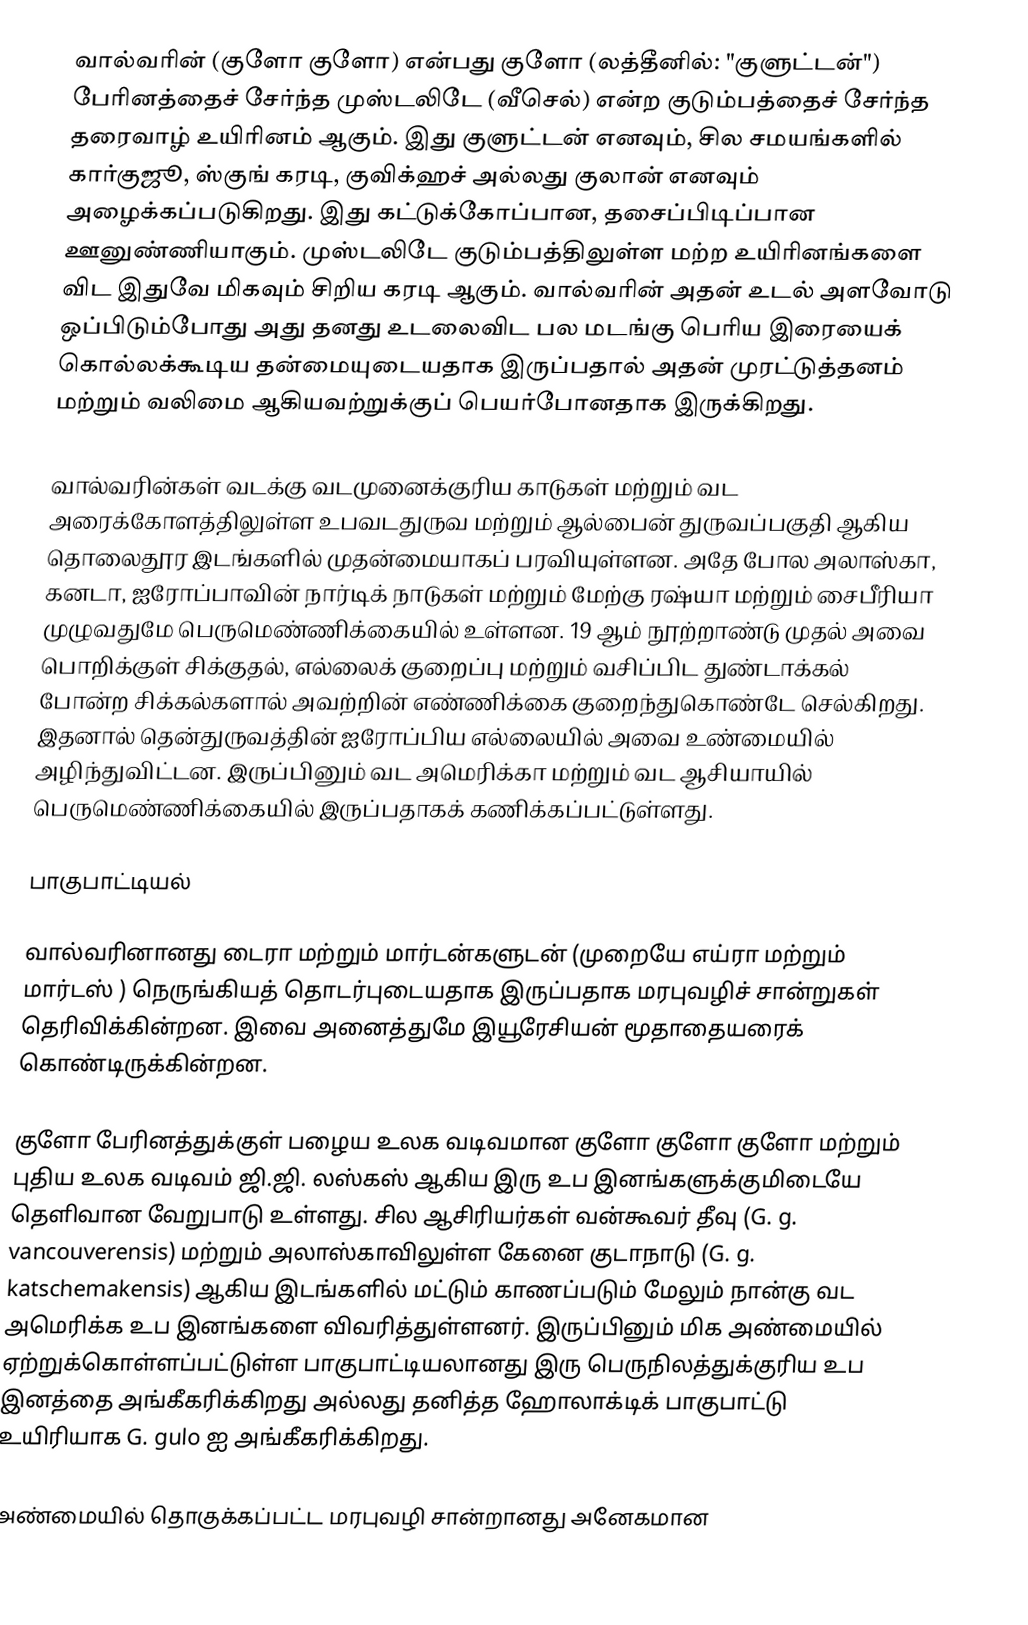
வால்வரின் (குளோ குளோ) என்பது குளோ  (லத்தீனில்: "குளுட்டன்") பேரினத்தைச் சேர்ந்த முஸ்டலிடே (வீசெல்) என்ற குடும்பத்தைச் சேர்ந்த தரைவாழ் உயிரினம் ஆகும்.  இது குளுட்டன் எனவும், சில சமயங்களில் கார்குஜூ, ஸ்குங் கரடி, குவிக்ஹச் அல்லது குலான் எனவும் அழைக்கப்படுகிறது. இது கட்டுக்கோப்பான, தசைப்பிடிப்பான ஊனுண்ணியாகும். முஸ்டலிடே குடும்பத்திலுள்ள மற்ற உயிரினங்களை விட இதுவே மிகவும் சிறிய கரடி ஆகும். வால்வரின் அதன் உடல் அளவோடு ஒப்பிடும்போது அது தனது உடலைவிட பல மடங்கு பெரிய இரையைக் கொல்லக்கூடிய தன்மையுடையதாக இருப்பதால் அதன் முரட்டுத்தனம் மற்றும் வலிமை ஆகியவற்றுக்குப் பெயர்போனதாக இருக்கிறது.

வால்வரின்கள் வடக்கு வடமுனைக்குரிய காடுகள் மற்றும் வட அரைக்கோளத்திலுள்ள உபவடதுருவ மற்றும் ஆல்பைன் துருவப்பகுதி ஆகிய தொலைதூர இடங்களில் முதன்மையாகப் பரவியுள்ளன. அதே போல அலாஸ்கா, கனடா, ஐரோப்பாவின் நார்டிக் நாடுகள் மற்றும் மேற்கு ரஷ்யா மற்றும் சைபீரியா முழுவதுமே பெருமெண்ணிக்கையில் உள்ளன. 19 ஆம் நூற்றாண்டு முதல் அவை பொறிக்குள் சிக்குதல், எல்லைக் குறைப்பு மற்றும் வசிப்பிட துண்டாக்கல் போன்ற சிக்கல்களால் அவற்றின் எண்ணிக்கை குறைந்துகொண்டே செல்கிறது. இதனால் தென்துருவத்தின் ஐரோப்பிய எல்லையில் அவை உண்மையில் அழிந்துவிட்டன. இருப்பினும் வட அமெரிக்கா மற்றும் வட ஆசியாயில் பெருமெண்ணிக்கையில் இருப்பதாகக் கணிக்கப்பட்டுள்ளது.

பாகுபாட்டியல்

வால்வரினானது டைரா மற்றும் மார்டன்களுடன் (முறையே எய்ரா மற்றும் மார்டஸ் ) நெருங்கியத் தொடர்புடையதாக இருப்பதாக மரபுவழிச் சான்றுகள் தெரிவிக்கின்றன. இவை அனைத்துமே இயூரேசியன் மூதாதையரைக் கொண்டிருக்கின்றன.

குளோ பேரினத்துக்குள் பழைய உலக வடிவமான குளோ குளோ குளோ மற்றும் புதிய உலக வடிவம் ஜி.ஜி. லஸ்கஸ் ஆகிய இரு உப இனங்களுக்குமிடையே தெளிவான வேறுபாடு உள்ளது. சில ஆசிரியர்கள் வன்கூவர் தீவு (G. g. vancouverensis) மற்றும் அலாஸ்காவிலுள்ள கேனை குடாநாடு (G. g. katschemakensis) ஆகிய இடங்களில் மட்டும் காணப்படும் மேலும் நான்கு வட அமெரிக்க உப இனங்களை விவரித்துள்ளனர். இருப்பினும் மிக அண்மையில் ஏற்றுக்கொள்ளப்பட்டுள்ள பாகுபாட்டியலானது இரு பெருநிலத்துக்குரிய உப இனத்தை அங்கீகரிக்கிறது அல்லது தனித்த ஹோலாக்டிக் பாகுபாட்டு உயிரியாக G. gulo ஐ அங்கீகரிக்கிறது.

அண்மையில் தொகுக்கப்பட்ட மரபுவழி சான்றானது அனேகமான